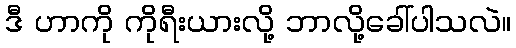
ဒီ ဟာကို ကိုရီးယားလို့ ဘာလို့ခေါ်ပါသလဲ။